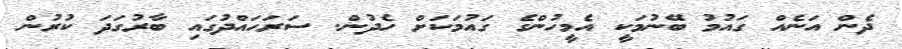
ދެން އަނެއް ގައުމު ބޭނުމަކީ އެމީހުންގެ ގައުމަކަށް ހެދުން. ސަރަހައްދުގައި ބާރުގަދަ ކުރުން